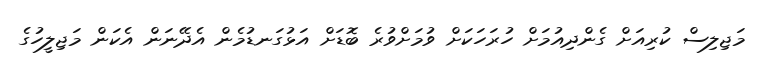
މަޖިލިސް ކުރިއަށް ގެންދިއުމަށް ހުރަހަކަށް ވުމަށްވުރެ ބޮޑަށް އަޅުގަނޑުމެން އެދޭނަން އެކަން މަޖިލީހުގެ